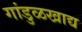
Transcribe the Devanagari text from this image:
गांडुळखाद्य